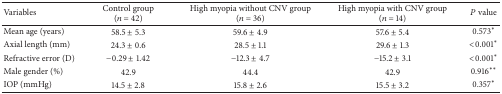
<table><thead><tr><td><b>Variables</b></td><td><b>Control group(<i>n</i> = 42)</b></td><td><b>High myopia without CNV group (<i>n</i> = 36)</b></td><td><b>High myopia with CNV group(<i>n</i> = 14)</b></td><td><b><i>P</i> value</b></td></tr></thead><tbody><tr><td>Mean age (years)</td><td>58.5 ± 5.3</td><td>59.6 ± 4.9</td><td>57.6 ± 5.4</td><td>0.573<sup><i>∗</i></sup></td></tr><tr><td>Axial length (mm)</td><td>24.3 ± 0.6</td><td>28.5 ± 1.1</td><td>29.6 ± 1.3</td><td>&lt;0.001<sup><i>∗</i></sup></td></tr><tr><td>Refractive error (D)</td><td>−0.29 ± 1.42</td><td>−12.3 ± 4.7</td><td>−15.2 ± 3.1</td><td>&lt;0.001<sup><i>∗</i></sup></td></tr><tr><td>Male gender (%)</td><td>42.9</td><td>44.4</td><td>42.9</td><td>0.916<sup><i>∗∗</i></sup></td></tr><tr><td>IOP (mmHg)</td><td>14.5 ± 2.8</td><td>15.8 ± 2.6</td><td>15.5 ± 3.2</td><td>0.357<sup><i>∗</i></sup></td></tr></tbody></table>